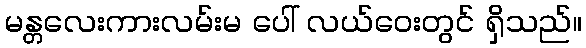
မန္တလေးကားလမ်းမ ပေါ် လယ်ဝေးတွင် ရှိသည်။